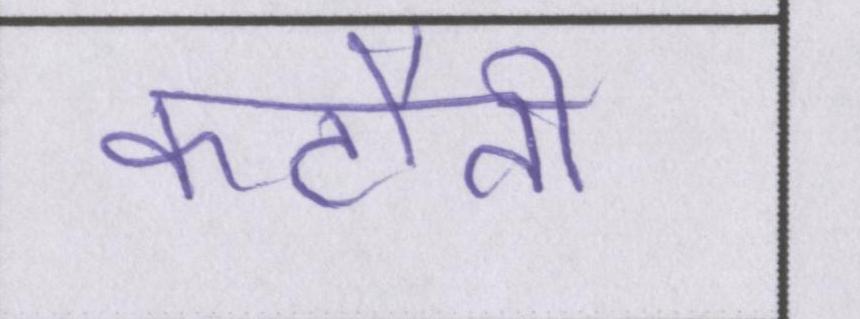
कटौती